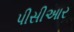
પીસીઆર